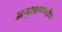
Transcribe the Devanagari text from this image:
अनुत्क्रम्णीय